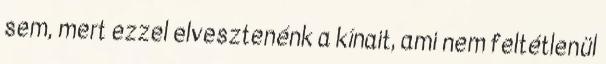
sem, mert ezzel elvesztenénk a kínait, ami nem feltétlenül